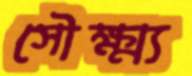
সৌক্ষ্ম্য